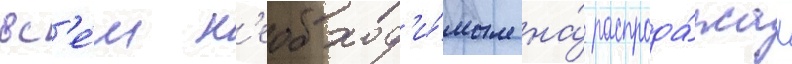
вс'е́м н'еобход'и́мым на́ распрода́жах